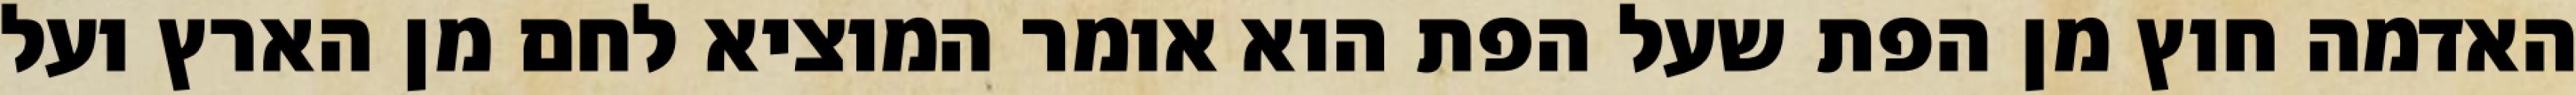
האדמה חוץ מן הפת שעל הפת הוא אומר המוציא לחם מן הארץ ועל